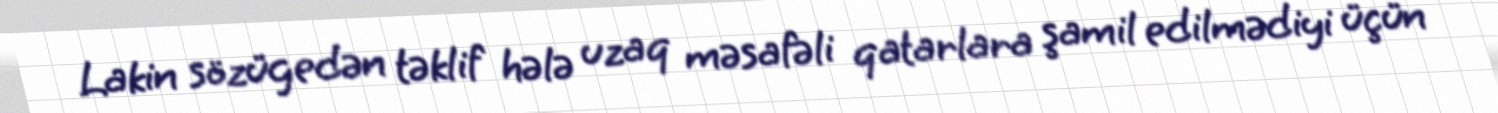
Lakin sözügedən təklif hələ uzaq məsafəli qatarlara şamil edilmədiyi üçün